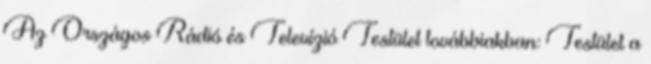
Az Országos Rádió és Televízió Testület továbbiakban: Testület a